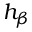
h _ { \beta }